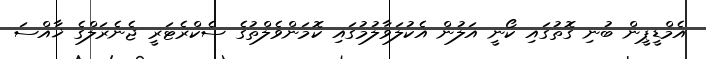
އެމްޑީޕީން ބުނި ގޮތުގައި ކޯނީ އަލުން އެކުލަވާލުމުގައި ކޮމަންވެލްތުގެ ސެކްރެޓަރީ ޖެނެރަލްގެ ޚާއްސަ